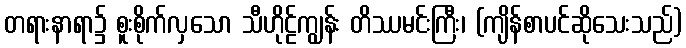
တရားနာရာ၌ စူးစိုက်လှသော သီဟိုဠ်ကျွန်း တိဿမင်းကြီး၊ (ကျိန်စာပင်ဆိုသေးသည်)